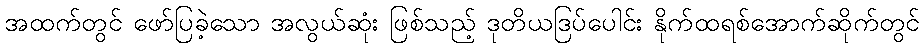
အထက်တွင် ဖော်ပြခဲ့သော အလွယ်ဆုံး ဖြစ်သည့် ဒုတိယဒြပ်ပေါင်း နိုက်ထရစ်အောက်ဆိုက်တွင်